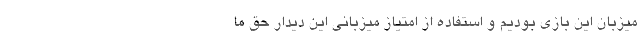
میزبان این بازی بودیم و استفاده از امتیاز میزبانی این دیدار حق ما